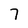
Character: 7